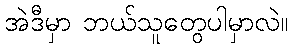
အဲဒီမှာ ဘယ်သူတွေပါမှာလဲ။